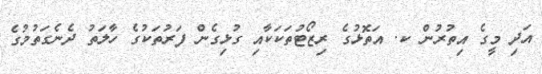
އަދި މީގެ އިތުރުން ކ. އަތޮޅުގެ ރިޒޯޓުތަކަކާއި ގުޅިގެން ފަރުތަކުގެ ހާލަތު ދެނެގަތުމުގެ